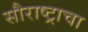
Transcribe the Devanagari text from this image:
सौराष्ट्राचा